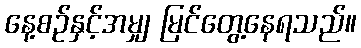
နေ့စဉ်နှင့်အမျှ မြင်တွေ့နေရသည်။